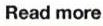
Read more